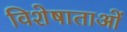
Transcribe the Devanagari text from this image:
विशेषाताओं